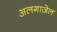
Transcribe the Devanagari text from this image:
अलगाज़ेल